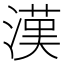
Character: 漢